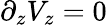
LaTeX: \partial_{z}V_{z}=0